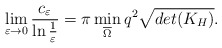
\begin{align*}\lim_{\varepsilon\to 0}\frac{c_\varepsilon}{\ln\frac{1}{\varepsilon}}=\pi \min\limits_{\overline{\Omega} }q^2\sqrt{det(K_H)}.\end{align*}